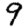
Digit: 9